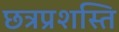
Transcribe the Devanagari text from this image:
छत्रप्रशस्ति